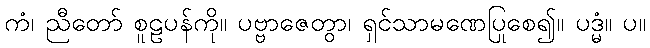
ကံ၊ ညီတော် စူဠပန်ကို။ ပဗ္ဗာဇေတွာ၊ ရှင်သာမဏေပြုစေ၍။ ပဒ္မံ။ ပ။